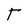
Character: t